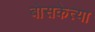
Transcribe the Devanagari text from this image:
बोसकेत्या